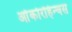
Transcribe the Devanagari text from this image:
ओंकोरहिन्चस